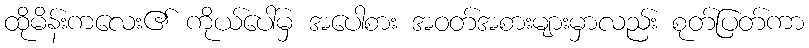
ထိုမိန်းကလေး၏ ကိုယ်ပေါ်မှ အပေါစား အဝတ်အစားများမှာလည်း စုတ်ပြတ်ကာ